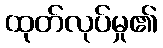
ထုတ်လုပ်မှု၏